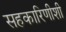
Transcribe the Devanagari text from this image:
सहकारिणीशी